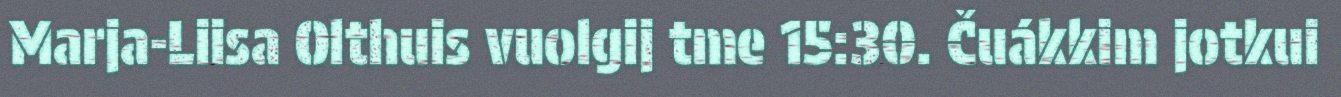
Marja-Liisa Olthuis vuolgij tme 15:30. Čuákkim jotkui